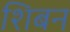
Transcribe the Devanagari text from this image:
शिबन